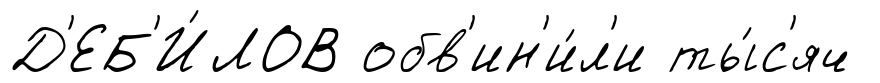
Д'ЕБ'И́ЛОВ обв'ин'и́л'и ты́с'яч